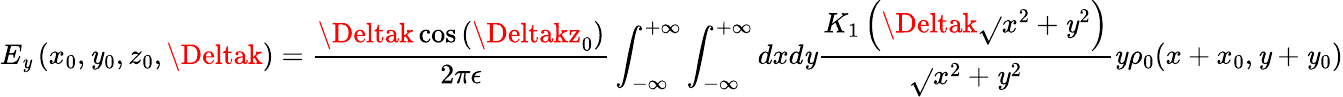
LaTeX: E_{\mathit{y}}\left(x_{0},\mathit{y}_{0},z_{0},\Deltak\right)=\frac{{\Deltak\cos\left(\Deltakz_{0}\right)}}{{2\pi\epsilon}}\int_{-\infty}^{+\infty}\int_{-\infty}^{+\infty}dxd\mathit{y}\frac{{K_{1}\left(\Deltak\sqrt{}{{x^{2}+\mathit{y}^{2}}}\right)}}{{\sqrt{}{{x^{2}+\mathit{y}^{2}}}}}\mathit{y}\rho_{0}(x+x_{0},\mathit{y}+\mathit{y}_{0})